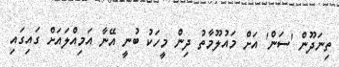
ތިނަދޫން 'ސަން' އަށް މައުލޫމާތު ދިން މީހަކު ބުނީ އޭނާ އަމިއްލައަށް ގައިގައި